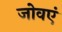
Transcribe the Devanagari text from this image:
जोवएं